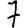
Digit: 7